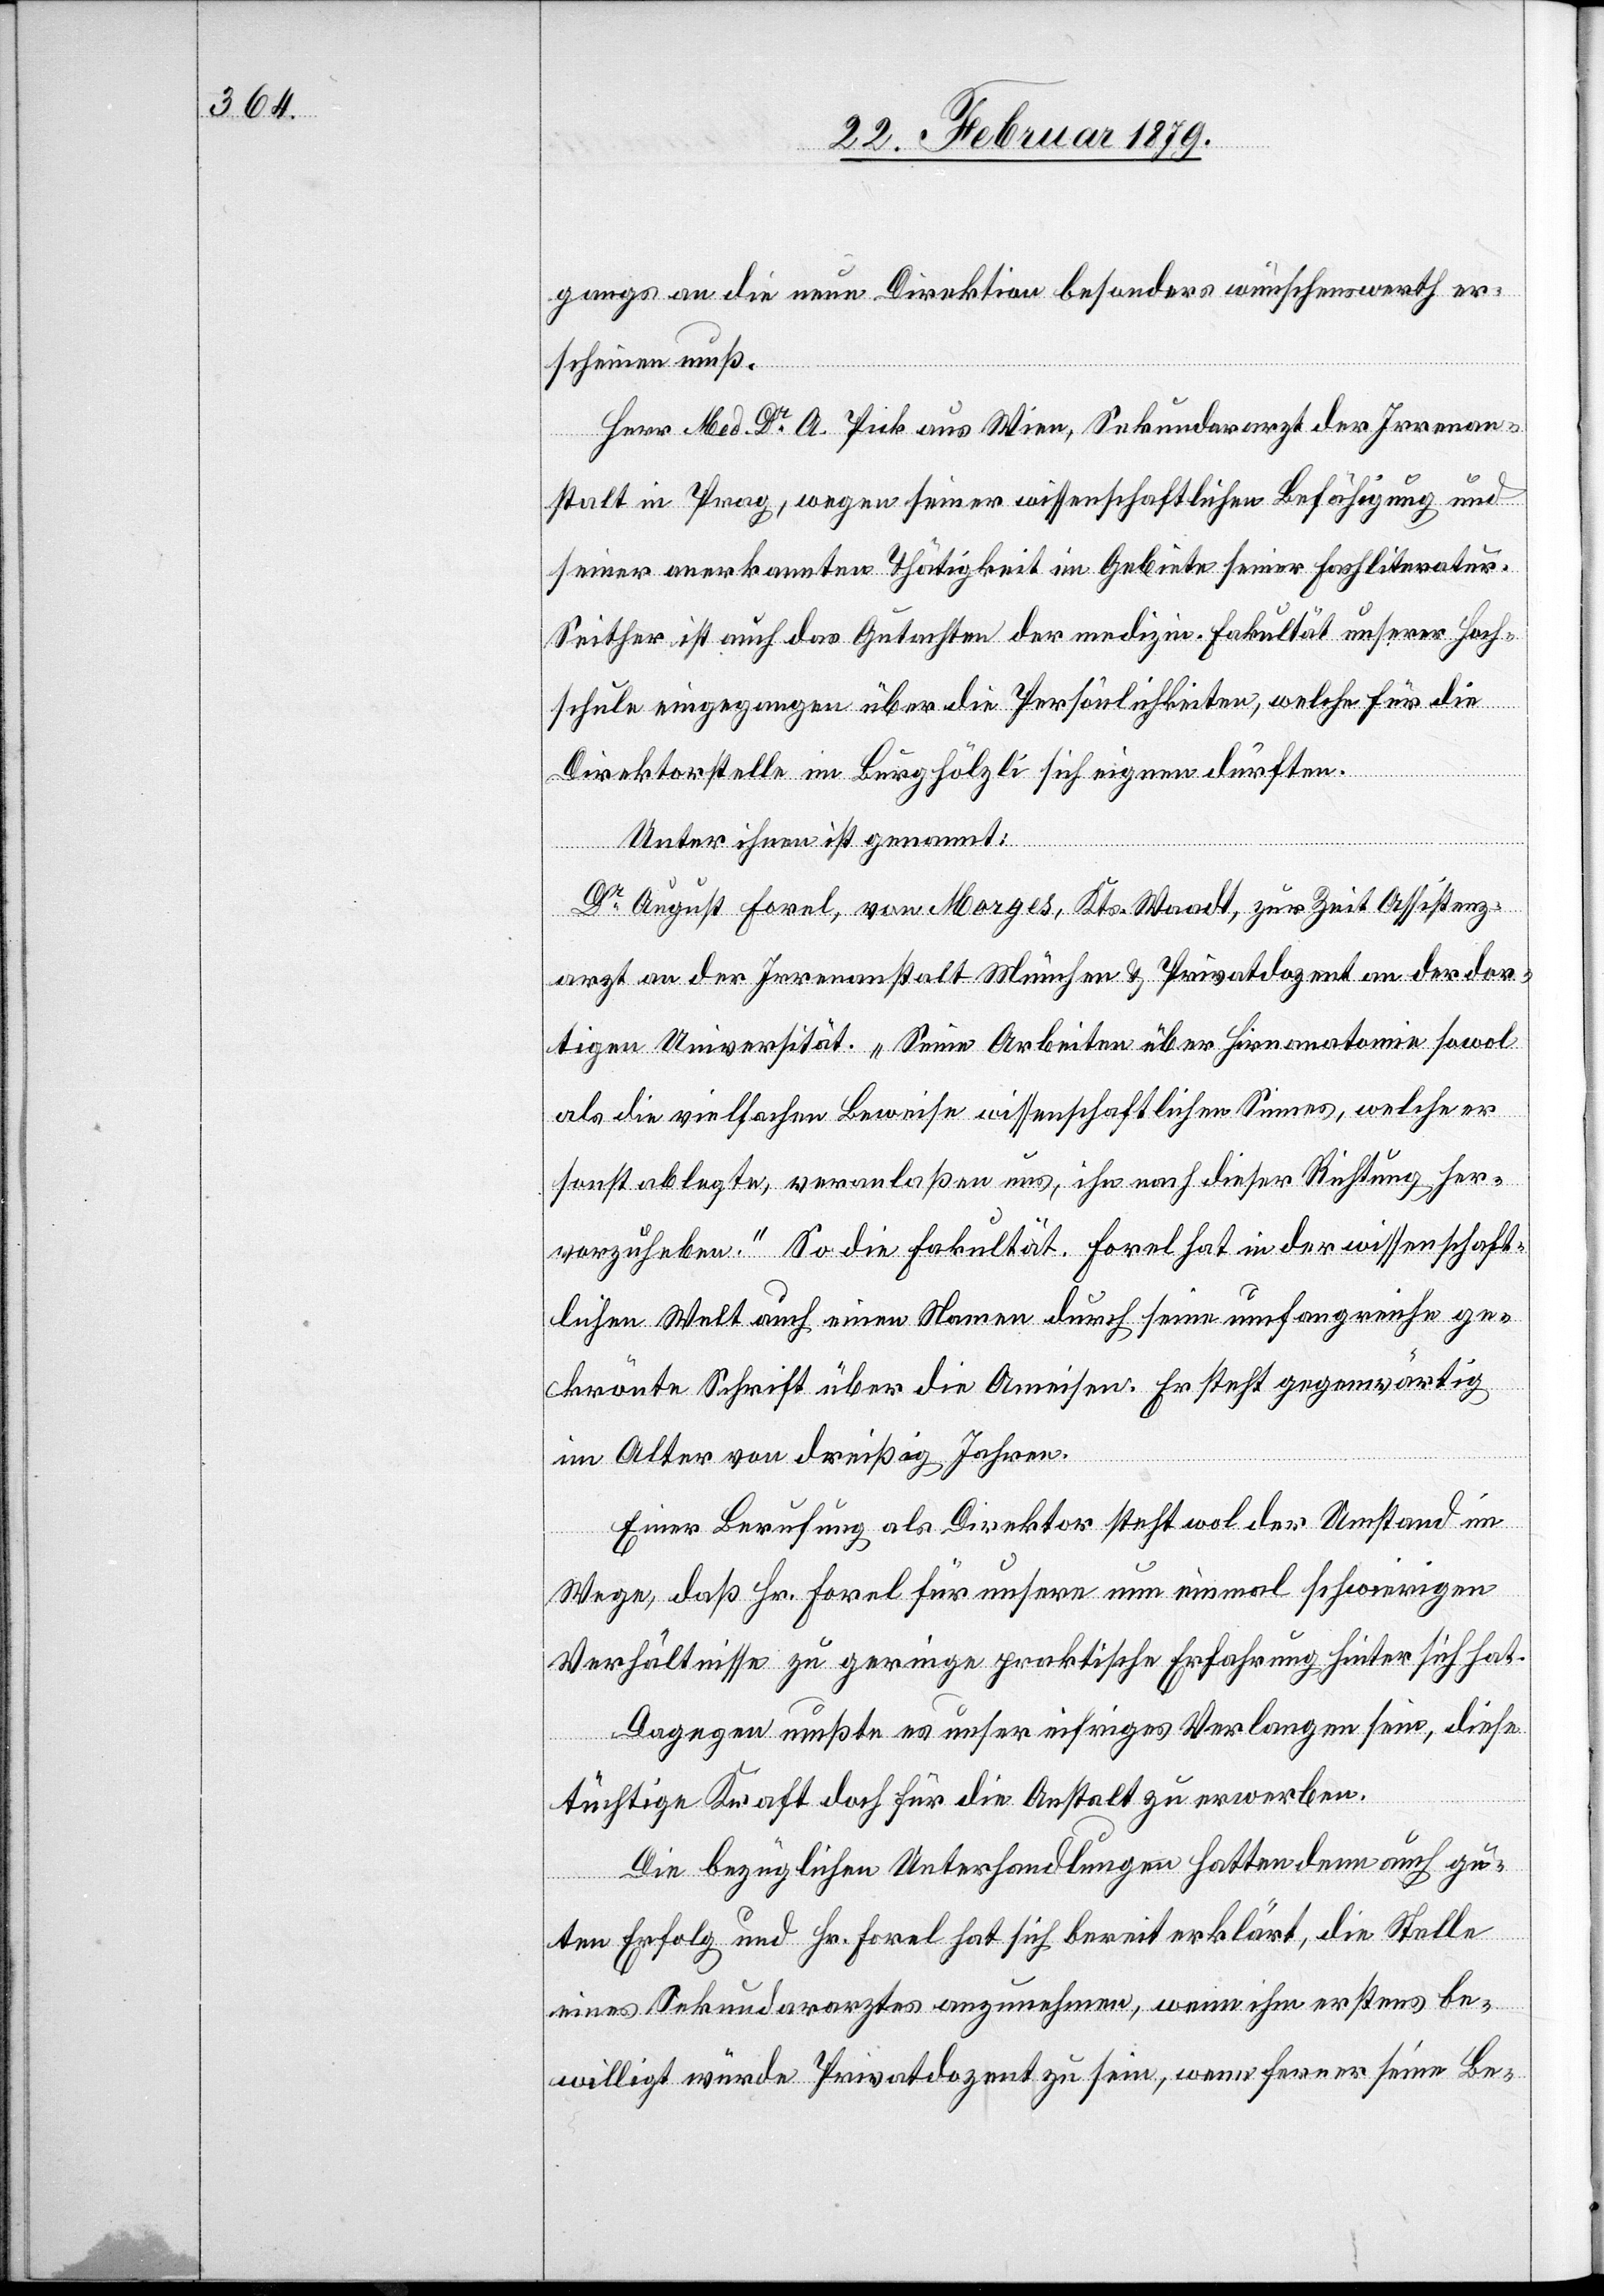
ganges an die neue Direktion besonders wünschenswerth er¬
scheinen muß.
Herr Med. Dr A. Pick aus Wien, Sekundararzt der Irrenan¬
stalt in Prag, wegen seiner wissenschaftlichen Befähigung und
seiner anerkannten Thätigkeit im Gebiete seiner Fachliteratur.
Seither ist auch das Gutachten der medizin. Fakultät unserer Hoch¬
schule eingegangen über die Persönlichkeiten, welche für die
Direktorstelle im Burghölzli sich eignen dürften.
Unter ihnen ist genannt:
Dr August Forel, von Morges, Kts. Waadt, zur Zeit Assistenz¬
arzt an der Irrenanstalt München & Privatdozent an der dor¬
tigen Universität. „Seine Arbeiten über Hirnanatomie sowol
als die vielfachen Beweise wissenschaftlichen Sinnes, welche er
sonst ablegte, veranlaßen uns, ihn nach dieser Richtung her¬
vorzuheben.“ So die Fakultät. Forel hat in der wissenschaft¬
lichen Welt auch einen Namen durch seine umfangreiche ge¬
krönte Schrift über die Ameisen. Er steht gegenwärtig
im Alter von dreißig Jahren.
Einer Berufung als Direktor steht wol der Umstand im
Wege, daß Hr. Forel für unsere nun einmal schwierigen
Verhältnisse zu geringe praktische Erfahrung hinter sich hat.
Dagegen mußte es unser eifriges Verlangen sein, diese
tüchtige Kraft doch für die Anstalt zu erwerben.
Die bezüglichen Unterhandlungen hatten denn auch gu¬
ten Erfolg und Hr. Forel hat sich bereit erklärt, die Stelle
eines Sekundararztes anzunehmen, wenn ihm erstens be¬
willigt würde Privatdozent zu sein, wenn ferner seine Be-